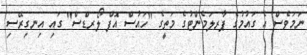
ނަމަވެސް އެ ގައުމުގެ ޕާރލަމެންޓުގެ މަތީގެ "ހައުސް އޮފް ލޯރޑްސް" ގައި އިނގިރޭސި